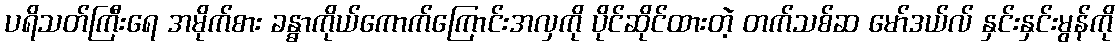
ပရိသတ်ကြီးရေ အမိုက်စား ခန္ဓာကိုယ်ကောက်ကြောင်းအလှကို ပိုင်ဆိုင်ထားတဲ့ တက်သစ်ဆ မော်ဒယ်လ် နှင်းနှင်းမွန်ကို